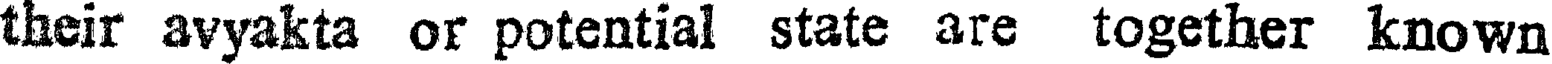
their avyakta or potential state are together known